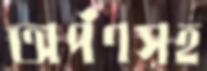
অর্পণসহ